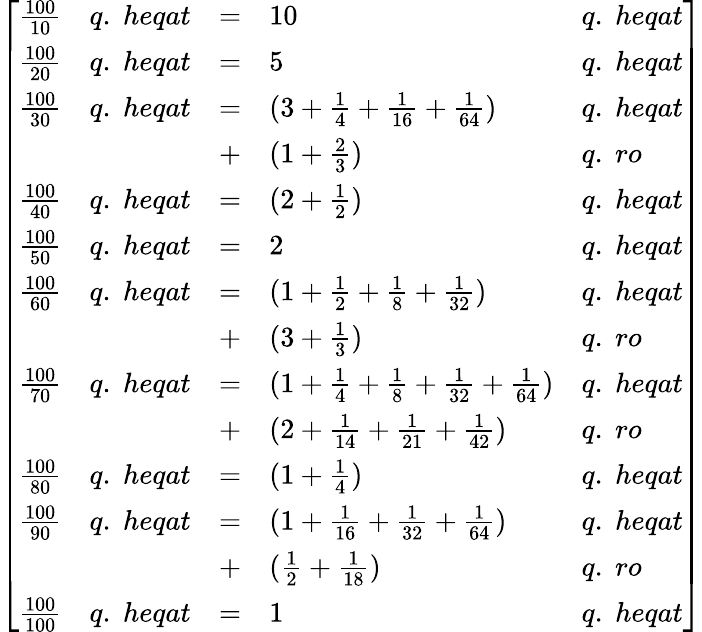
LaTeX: {\left[\begin{array}{lllll}{{\frac{100}{10}}}&{q.\; heqat}&{=}&{10}&{q.\; heqat}\\ {{\frac{100}{20}}}&{q.\; heqat}&{=}&{5}&{q.\; heqat}\\ {{\frac{100}{30}}}&{q.\; heqat}&{=}&{(3+{\frac{1}{4}}+{\frac{1}{16}}+{\frac{1}{64}})}&{q.\; heqat}\\ &&{+}&{(1+{\frac{2}{3}})}&{q.\; ro}\\ {{\frac{100}{40}}}&{q.\; heqat}&{=}&{(2+{\frac{1}{2}})}&{q.\; heqat}\\ {{\frac{100}{50}}}&{q.\; heqat}&{=}&{2}&{q.\; heqat}\\ {{\frac{100}{60}}}&{q.\; heqat}&{=}&{(1+{\frac{1}{2}}+{\frac{1}{8}}+{\frac{1}{32}})}&{q.\; heqat}\\ &&{+}&{(3+{\frac{1}{3}})}&{q.\; ro}\\ {{\frac{100}{70}}}&{q.\; heqat}&{=}&{(1+{\frac{1}{4}}+{\frac{1}{8}}+{\frac{1}{32}}+{\frac{1}{64}})}&{q.\; heqat}\\ &&{+}&{(2+{\frac{1}{14}}+{\frac{1}{21}}+{\frac{1}{42}})}&{q.\; ro}\\ {{\frac{100}{80}}}&{q.\; heqat}&{=}&{(1+{\frac{1}{4}})}&{q.\; heqat}\\ {{\frac{100}{90}}}&{q.\; heqat}&{=}&{(1+{\frac{1}{16}}+{\frac{1}{32}}+{\frac{1}{64}})}&{q.\; heqat}\\ &&{+}&{({\frac{1}{2}}+{\frac{1}{18}})}&{q.\; ro}\\ {{\frac{100}{100}}}&{q.\; heqat}&{=}&{1}&{q.\; heqat}\end{array}\right]}